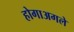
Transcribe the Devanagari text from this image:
होगाअगले